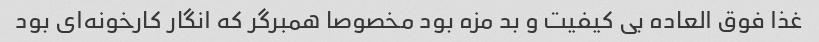
غذا فوق العاده بی کیفیت و بد مزه بود مخصوصا همبرگر که انگار کارخونه‌ای بود